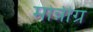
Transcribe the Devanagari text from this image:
मोन्नीग्र